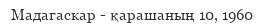
Мадагаскар - қарашаның 10, 1960